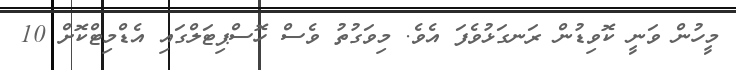
މީހުން ވަނީ ކޮވިޑުން ރަނގަޅުވެފަ އެވެ. މިވަގުތު ވެސް ހޮސްޕިޓަލްގައި އެޑްމިޓްކޮށް 10